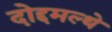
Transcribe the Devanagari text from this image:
दोद्दमल्थे